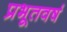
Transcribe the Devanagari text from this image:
प्रभूतवर्ष